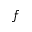
f